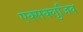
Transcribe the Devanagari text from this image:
एक्सक्लुजिव